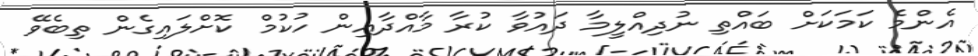
އެންމެ ކަމަކަށް ބައްތި ނުދިއްލީމާ ދައުވާ ކުރާ މާއްދާއިން ހުކުމް ކޮށްލައިގެން ތިބެވޭ